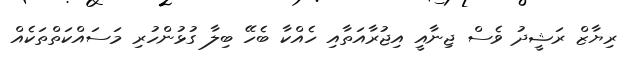
ރިޔާޒް ރަޝީދު ވެސް ޖިނާއީ އިޖުރާއަތާއި ހެއްކާ ބެހޭ ބިލާ ގުޅުންހުރި މަސައްކަތްތަކެއް